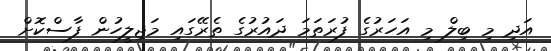
އަދި މި ބިލް މި އަހަރުގެ ފުރަތަމަ ދައުރުގެ ތެރޭގައި މަޖިލީހުން ފާސްކޮށް